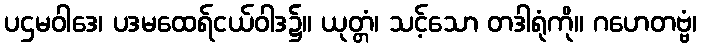
ပဌမဝါဒေ၊ ပဒမထေရ်ငယ်ဝါဒ၌။ ယုတ္တံ၊ သင့်သော တဒါရုံကို။ ဂဟေတဗ္ဗံ၊